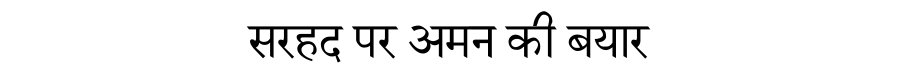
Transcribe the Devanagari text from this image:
सरहद पर अमन की बयार